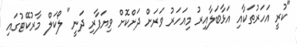
"ކުރީ އަހަރުތަކާއި އަޅާބަލާއިރު މިއަހަރު ވަރަށް ދަށްކޮށް ވިޔަފާރި ދަނީ" ލޯކަލް މާރުކޭޓުގައި